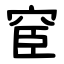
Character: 䆠